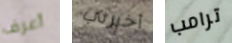
أعرف أخبرني ترامب